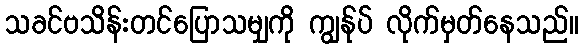
သခင်ဗသိန်းတင်ပြောသမျှကို ကျွန်ုပ် လိုက်မှတ်နေသည်။